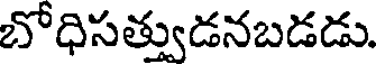
బోధిసత్తుడనబడడు.